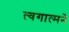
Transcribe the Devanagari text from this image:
त्वगात्मने